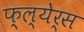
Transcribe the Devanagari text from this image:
फ्ल्येर्स